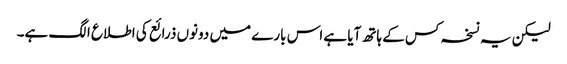
لیکن یہ نسخہ کس کے ہاتھ آیا ہے اس بارے میں دونوں ذرائع کی اطلاع الگ ہے۔